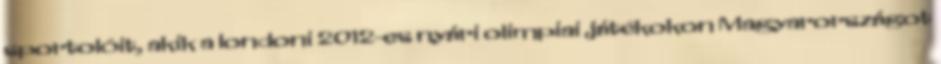
sportolóit, akik a londoni 2012-es nyári olimpiai játékokon Magyarországot